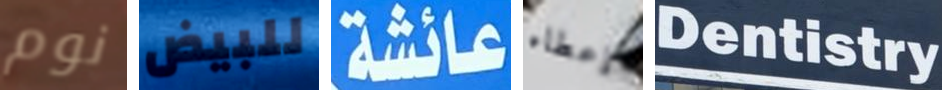
نوم للبيض عائشة إعطاء Dentistry